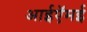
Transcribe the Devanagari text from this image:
आईऍमई